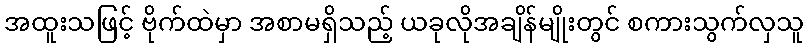
အထူးသဖြင့် ဗိုက်ထဲမှာ အစာမရှိသည့် ယခုလိုအချိန်မျိုးတွင် စကားသွက်လှသူ